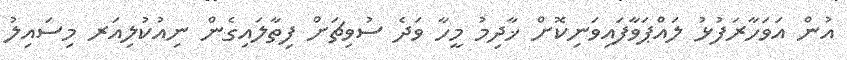
އުން އަވަހާރަފުޅު ލައްޕަވާފައިވަނިކޮށް ޚާދިމު މީހާ ވަދެ ސުވިޗަށް ފިތާލައިގެން ނިއުކުލިއަރ މިސައިލު